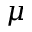
\mu